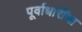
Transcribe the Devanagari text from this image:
पूर्वाधारींचा